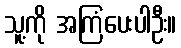
သူ့ကို အကြံပေးပါဦး။